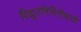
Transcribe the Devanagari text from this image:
विद्युतनिर्मितीसाठी